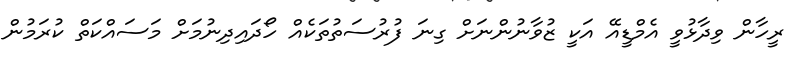
ރީހާން ވިދާޅުވީ އެމްޑީއޭ އަކީ ޒުވާނުންނަށް ގިނަ ފުރުސަތުތަކެއް ހޯދައިދިނުމަށް މަސައްކަތް ކުރަމުން